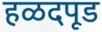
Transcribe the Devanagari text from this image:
हळदपूड